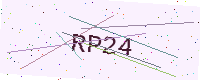
Text: RP24